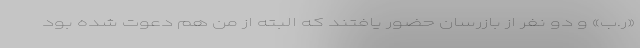
«ر.ب» و دو نفر از بازرسان حضور یافتند که البته از من هم دعوت شده بود